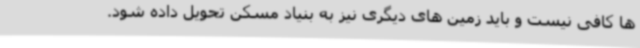
ها کافی نیست و باید زمین های دیگری نیز به بنیاد مسکن تحویل داده شود.